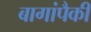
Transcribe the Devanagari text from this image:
बागांपैकी